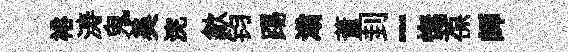
裕涛鬼美浣歙钧踢滃董刲~憮葆師